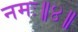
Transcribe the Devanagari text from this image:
नमः॥४॥